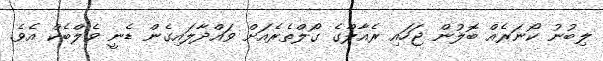
ލިބުނު ކޯނަރެއް ބޮލުން ޖަހައި ރެއާލްގެ ގޯލްތެރެއަށް ވައްދާލައިގެން ޑެނީ ވެލްބެކް އެވެ.